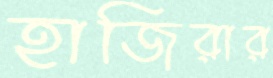
হাজিরার